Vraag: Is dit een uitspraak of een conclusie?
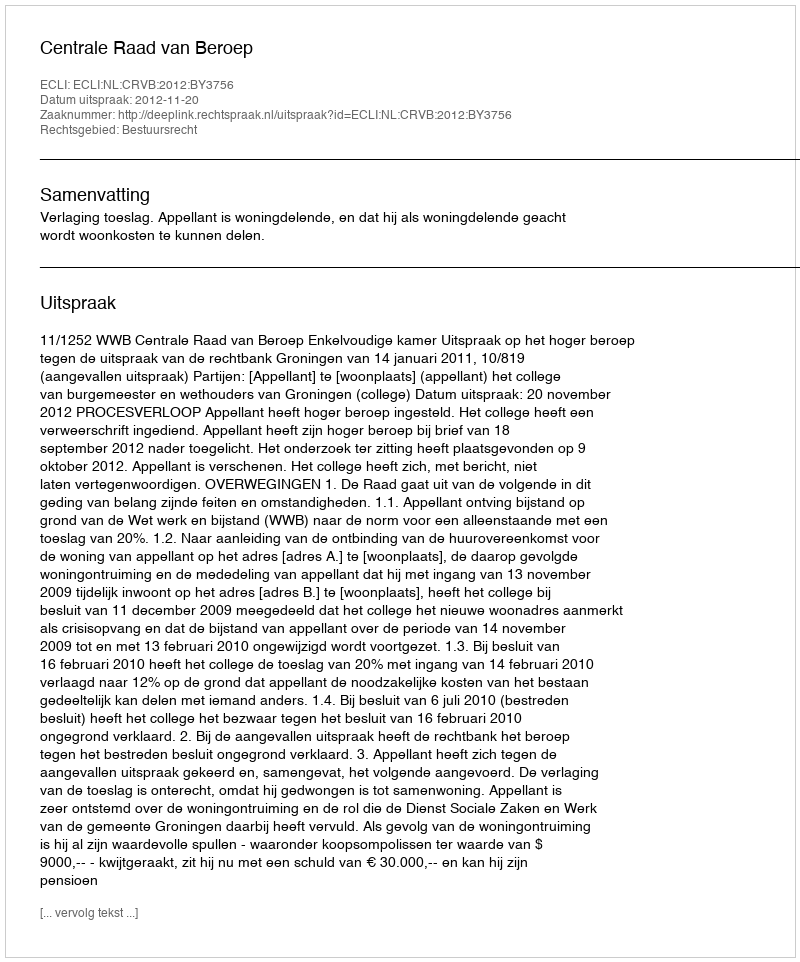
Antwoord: Uitspraak